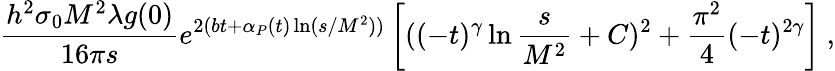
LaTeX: \frac{h^{2}\sigma_{0}M^{2}\lambda g(0)}{16\pi s}e^{2(bt+\alpha_{P}(t)\ln(s/M^{2}))}\left[((-t)^{\gamma}\ln\frac{s}{M^{2}}+C)^{2}+\frac{\pi^{2}}{4}(-t)^{2\gamma}\right]~,